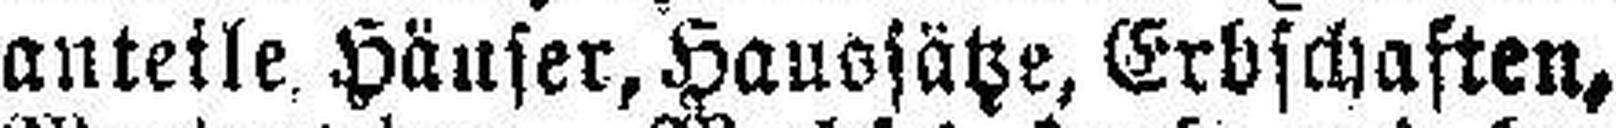
anteile. Häuser, Haussätze, Erbschaften,